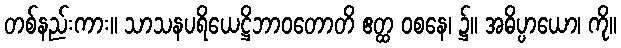
တစ်နည်းကား။ သာသနပရိယေဋ္ဌိဘာဝတောတိ ဧတ္ထ ဝစနေ၊ ၌။ အဓိပ္ပာယော၊ ကို။